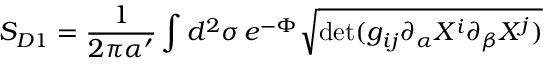
S _ { D 1 } = \frac { 1 } { 2 \pi \alpha ^ { \prime } } \int d ^ { 2 } \sigma \, e ^ { - \Phi } \sqrt { \mathrm { d e t } ( g _ { i j } \partial _ { \alpha } X ^ { i } \partial _ { \beta } X ^ { j } ) }